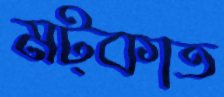
মট্‌কাত